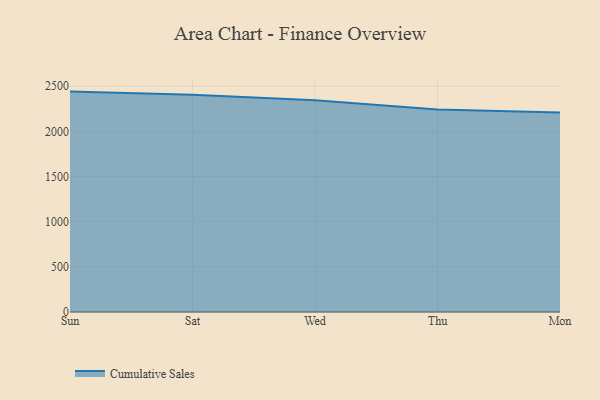
{"axis": {"x": "Day", "y": "Budget (USD K)"}, "legend": ["Cumulative Sales"], "data": [{"x": "Sun", "y": 2440.5, "type": "Cumulative Sales"}, {"x": "Sat", "y": 2405.4, "type": "Cumulative Sales"}, {"x": "Wed", "y": 2344.0, "type": "Cumulative Sales"}, {"x": "Thu", "y": 2243.5, "type": "Cumulative Sales"}, {"x": "Mon", "y": 2209.7, "type": "Cumulative Sales"}]}